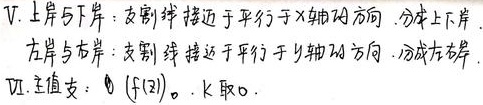
V. 上岸与下岸：割线接近于平行于\(x\)轴的方向。分成上岸、下岸。
左岸与右岸：割线接近于平行于\(y\)轴的方向。分成左岸、右岸。
VI. 主值支：\(\theta(f(z))\)，\(k\)取\(0\)。